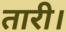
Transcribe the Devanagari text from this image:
तारी।